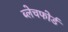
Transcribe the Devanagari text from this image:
ब्लेचफोर्ड